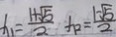
x _ { 1 } = \frac { 1 + \sqrt { 5 } } { 2 } x _ { 2 } = \frac { 1 - \sqrt { 5 } } { 2 }